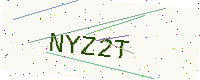
Text: NYZ2T